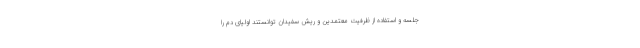
جلسه و استفاده از ظرفیت معتمدین و ریش سفیدان توانستند اولیای دم را